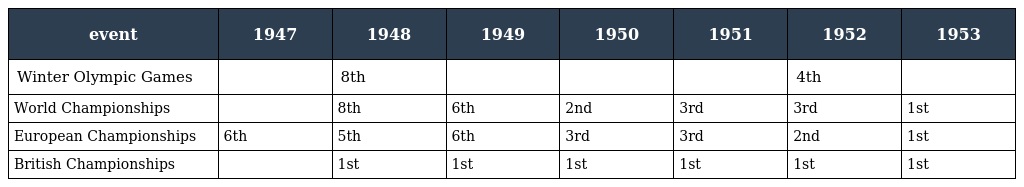
| event | 1947 | 1948 | 1949 | 1950 | 1951 | 1952 | 1953 |
 | --- | --- | --- | --- | --- | --- | --- | --- |
 | Winter Olympic Games |  | 8th |  |  |  | 4th |  |
 | World Championships |  | 8th | 6th | 2nd | 3rd | 3rd | 1st |
 | European Championships | 6th | 5th | 6th | 3rd | 3rd | 2nd | 1st |
 | British Championships |  | 1st | 1st | 1st | 1st | 1st | 1st |